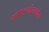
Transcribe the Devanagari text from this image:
खापर्ड्यांसमवेत